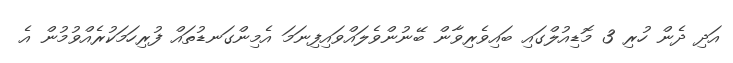
އަދި ދެން ހުރި 3 މޮޑިއުލްގައި ބައިވެރިވާން ބޭނުންވެލައްވައިފިނަމަ އެމިންގަނޑުތައް ފުރިހަމަކުރެއްވުމުން އެ